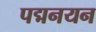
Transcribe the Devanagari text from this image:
पद्मनयन